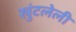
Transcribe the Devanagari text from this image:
खुंटलेली